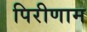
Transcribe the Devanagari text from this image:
पिरीणाम